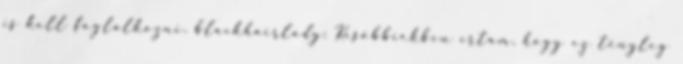
is kell foglalkozni. blackhairlady: Későbbiekben írtam, hogy ez tényleg